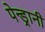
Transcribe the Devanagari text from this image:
पेन्ड्रानी